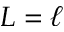
L = \ell